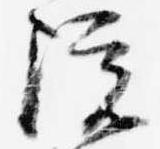
院